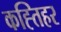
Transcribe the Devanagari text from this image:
कह्तिहर